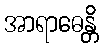
အာရာဓေန္တိ